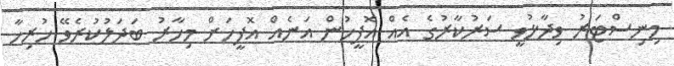
މިނިސްޓަރު ވިދާޅުވީ ސަރުކާރުގެ އެއް އޮފީހުން އަނެއް އޮފީހަށް މިހާރު ބަދަލުކުރެވޭ ހުރިހާ